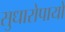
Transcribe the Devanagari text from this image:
सुधारोपायों